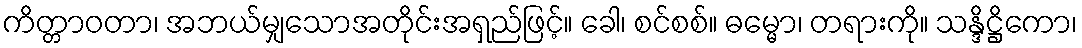
ကိတ္တာဝတာ၊ အဘယ်မျှသောအတိုင်းအရှည်ဖြင့်။ ခေါ၊ စင်စစ်။ ဓမ္မော၊ တရားကို။ သန္ဒိဋ္ဌိကော၊